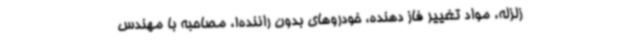
زلزله، مواد تغییر فاز دهنده، خودروهای بدون راننده!، مصاحبه با مهندس